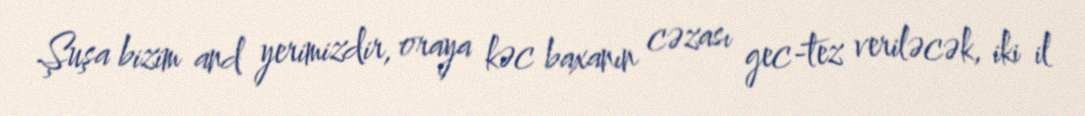
Şuşa bizim and yerimizdir, oraya kəc baxanın cəzası gec-tez veriləcək, iki il